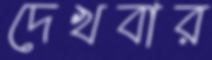
দেখবার